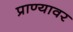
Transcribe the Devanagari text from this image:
प्राण्यावर